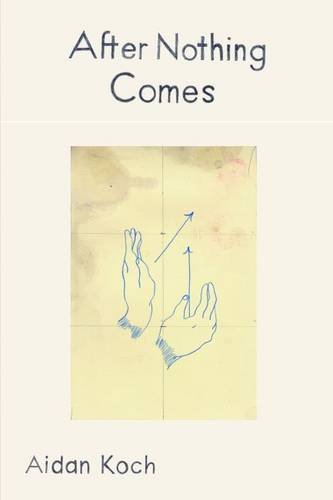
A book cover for After Nothing Comes; Aidan Koch; Comics & Graphic Novels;